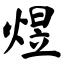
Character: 煜